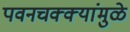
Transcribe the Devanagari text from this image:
पवनचक्क्यांमुळे